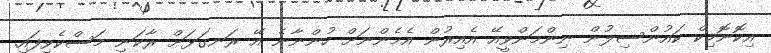
އިކޮނޮމިކް ކައުންސިލުން ނިންމަންވީއޭ އެއިރުން އެމެންނަށް ހުންނާނެ އޭ ރަނގަޅަށް ރާކަނި މަސްކެވިފައި.